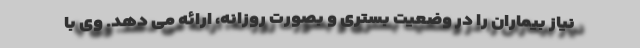
نیاز بیماران را در وضعیت بستری و بصورت روزانه، ارائه می دهد. وی با